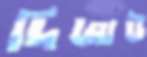
দিজাউ